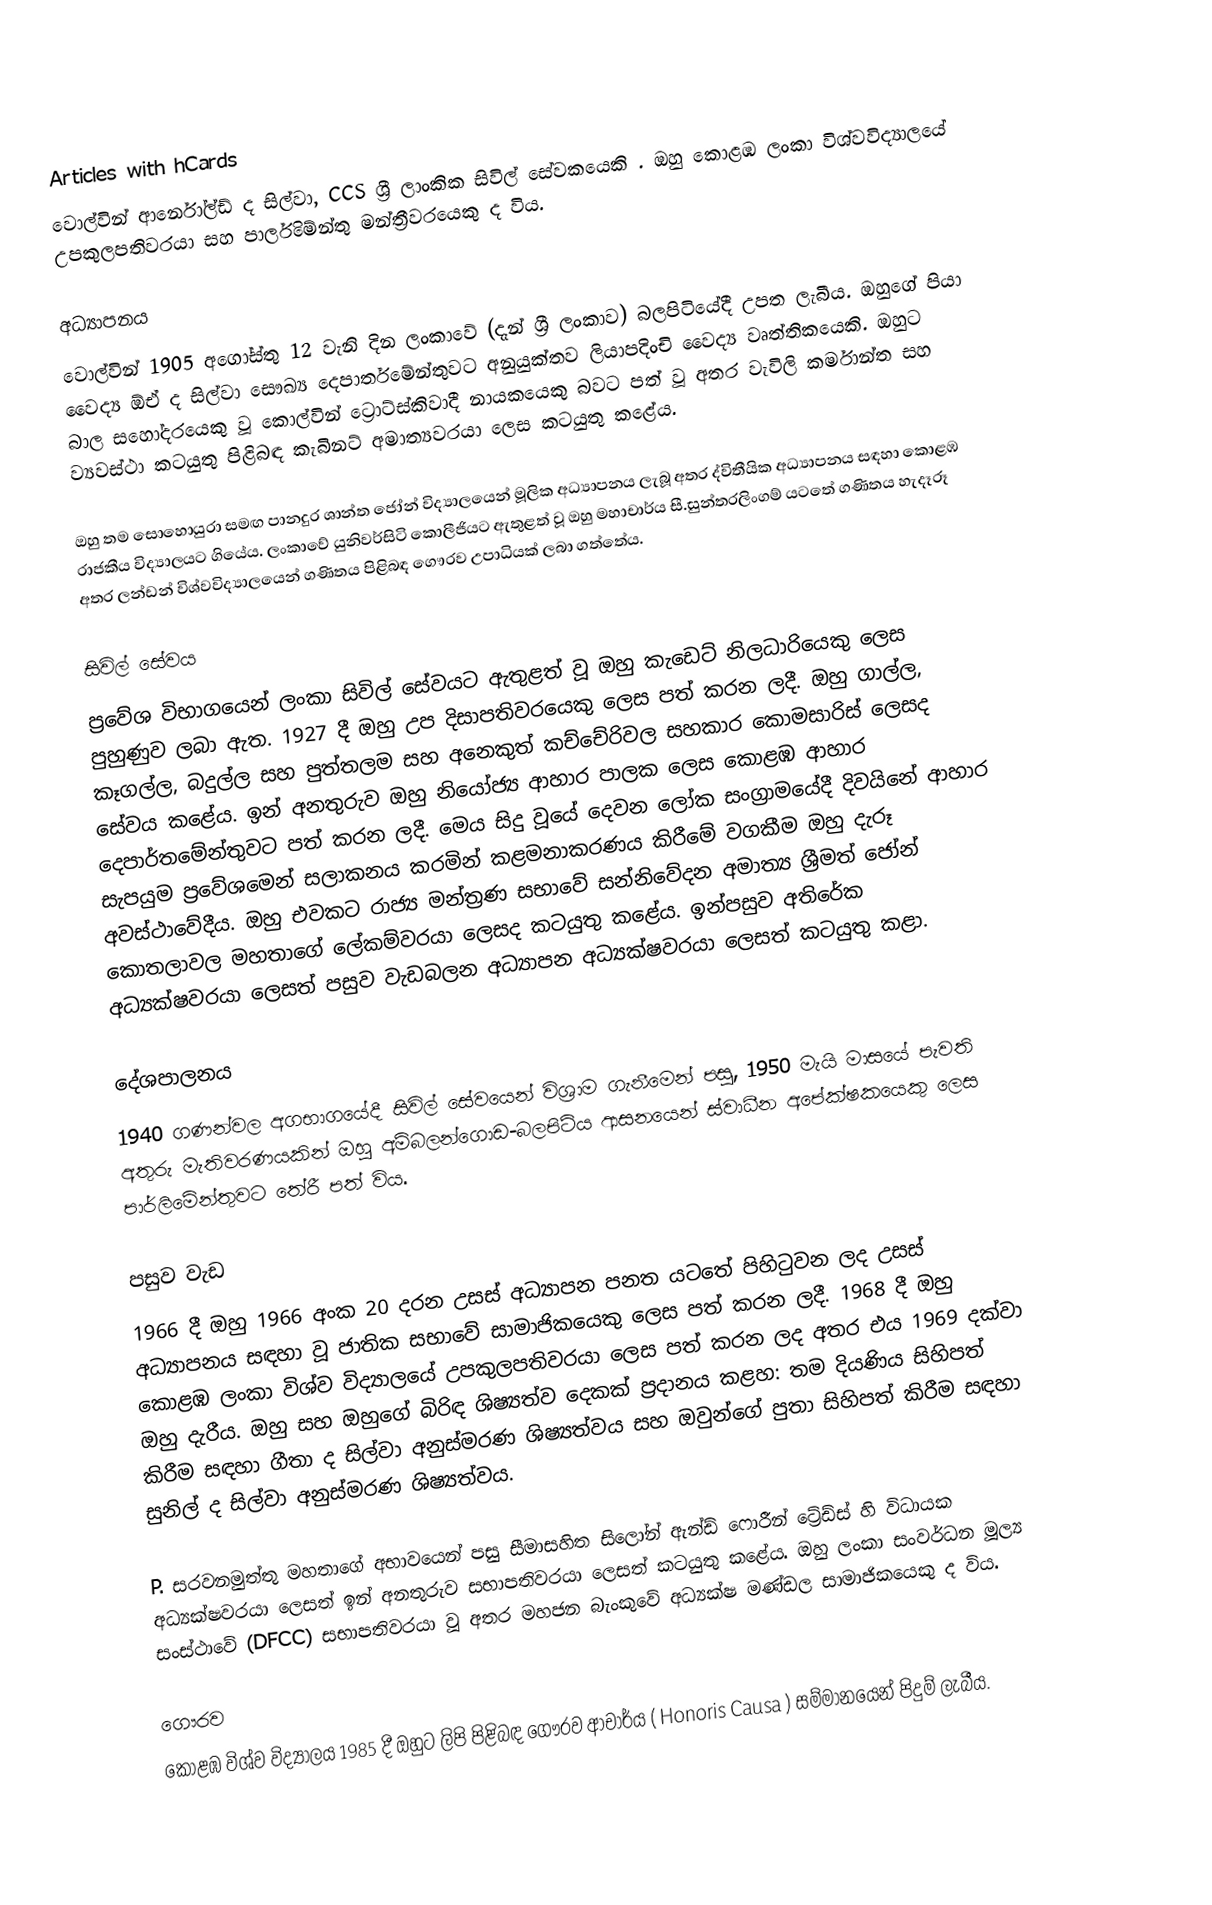
Articles with hCards
වොල්වින් ආර්නෝල්ඩ් ද සිල්වා, CCS ශ්‍රී ලාංකික සිවිල් සේවකයෙකි . ඔහු කොළඹ ලංකා විශ්වවිද්‍යාලයේ උපකුලපතිවරයා සහ පාර්ලිමේන්තු මන්ත්‍රීවරයෙකු ද විය.

අධ්‍යාපනය
වොල්වින් 1905 අගෝස්තු 12 වැනි දින ලංකාවේ (දැන් ශ්‍රී ලංකාව) බලපිටියේදී උපත ලැබීය. ඔහුගේ පියා වෛද්‍ය ඕඒ ද සිල්වා සෞඛ්‍ය දෙපාර්තමේන්තුවට අනුයුක්තව ලියාපදිංචි වෛද්‍ය වෘත්තිකයෙකි. ඔහුට බාල සහෝදරයෙකු වූ කොල්වින් ට්‍රොට්ස්කිවාදී නායකයෙකු බවට පත් වූ අතර වැවිලි කර්මාන්ත සහ ව්‍යවස්ථා කටයුතු පිළිබඳ කැබිනට් අමාත්‍යවරයා ලෙස කටයුතු කළේය.

ඔහු තම සොහොයුරා සමඟ පානදුර ශාන්ත ජෝන් විද්‍යාලයෙන් මූලික අධ්‍යාපනය ලැබූ අතර ද්විතීයික අධ්‍යාපනය සඳහා කොළඹ රාජකීය විද්‍යාලයට ගියේය. ලංකාවේ යුනිවර්සිටි කොලීජියට ඇතුළත් වූ ඔහු මහාචාර්ය සී.සුන්තරලිංගම් යටතේ ගණිතය හැදෑරූ අතර ලන්ඩන් විශ්වවිද්‍යාලයෙන් ගණිතය පිළිබඳ ගෞරව උපාධියක් ලබා ගත්තේය.

සිවිල් සේවය
ප්‍රවේශ විභාගයෙන් ලංකා සිවිල් සේවයට ඇතුළත් වූ ඔහු කැඩෙට් නිලධාරියෙකු ලෙස පුහුණුව ලබා ඇත. 1927 දී ඔහු උප දිසාපතිවරයෙකු ලෙස පත් කරන ලදී. ඔහු ගාල්ල, කෑගල්ල, බදුල්ල සහ පුත්තලම සහ අනෙකුත් කච්චේරිවල සහකාර කොමසාරිස් ලෙසද සේවය කළේය.  ඉන් අනතුරුව ඔහු නියෝජ්‍ය ආහාර පාලක ලෙස කොළඹ ආහාර දෙපාර්තමේන්තුවට පත් කරන ලදී. මෙය සිදු වූයේ දෙවන ලෝක සංග්‍රාමයේදී දිවයිනේ ආහාර සැපයුම ප්‍රවේශමෙන් සලාකනය කරමින් කළමනාකරණය කිරීමේ වගකීම ඔහු දැරූ අවස්ථාවේදීය. ඔහු එවකට රාජ්‍ය මන්ත්‍රණ සභාවේ සන්නිවේදන අමාත්‍ය ශ්‍රීමත් ජෝන් කොතලාවල මහතාගේ ලේකම්වරයා ලෙසද කටයුතු කළේය. ඉන්පසුව අතිරේක අධ්‍යක්ෂවරයා ලෙසත් පසුව වැඩබලන අධ්‍යාපන අධ්‍යක්ෂවරයා ලෙසත් කටයුතු කළා.

දේශපාලනය
1940 ගණන්වල අගභාගයේදී සිවිල් සේවයෙන් විශ්‍රාම ගැනීමෙන් පසු, 1950 මැයි මාසයේ පැවති අතුරු මැතිවරණයකින් ඔහු අම්බලන්ගොඩ-බලපිටිය ආසනයෙන් ස්වාධීන අපේක්ෂකයෙකු ලෙස පාර්ලිමේන්තුවට තේරී පත් විය.

පසුව වැඩ
1966 දී ඔහු 1966 අංක 20 දරන උසස් අධ්‍යාපන පනත යටතේ පිහිටුවන ලද උසස් අධ්‍යාපනය සඳහා වූ ජාතික සභාවේ සාමාජිකයෙකු ලෙස පත් කරන ලදී. 1968 දී ඔහු කොළඹ ලංකා විශ්ව විද්‍යාලයේ උපකුලපතිවරයා ලෙස පත් කරන ලද අතර එය 1969 දක්වා ඔහු දැරීය. ඔහු සහ ඔහුගේ බිරිඳ ශිෂ්‍යත්ව දෙකක් ප්‍රදානය කළහ: තම දියණිය සිහිපත් කිරීම සඳහා ගීතා ද සිල්වා අනුස්මරණ ශිෂ්‍යත්වය සහ ඔවුන්ගේ පුතා සිහිපත් කිරීම සඳහා සුනිල් ද සිල්වා අනුස්මරණ ශිෂ්‍යත්වය.

P. සරවනමුත්තු මහතාගේ අභාවයෙන් පසු සීමාසහිත සිලෝන් ඇන්ඩ් ෆොරීන් ට්‍රේඩ්ස් හි විධායක අධ්‍යක්ෂවරයා ලෙසත් ඉන් අනතුරුව සභාපතිවරයා ලෙසත් කටයුතු කළේය. ඔහු ලංකා සංවර්ධන මූල්‍ය සංස්ථාවේ (DFCC) සභාපතිවරයා වූ අතර මහජන බැංකුවේ අධ්‍යක්ෂ මණ්ඩල සාමාජිකයෙකු ද විය.

ගෞරව
කොළඹ විශ්ව විද්‍යාලය 1985 දී ඔහුට ලිපි පිළිබඳ ගෞරව ආචාර්ය ( Honoris Causa ) සම්මානයෙන් පිදුම් ලැබීය.